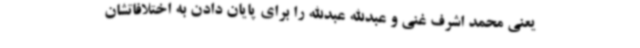
یعنی محمد اشرف غنی و عبدالله عبدالله را برای پایان دادن به اختلافاتشان